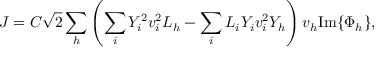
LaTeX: J = C \sqrt { 2 } \sum _ { h } \left( \sum _ { i } Y _ { i } ^ { 2 } v _ { i } ^ { 2 } L _ { h } - \sum _ { i } L _ { i } Y _ { i } v _ { i } ^ { 2 } Y _ { h } \right) v _ { h } \mathrm { I m } \{ \Phi _ { h } \} ,